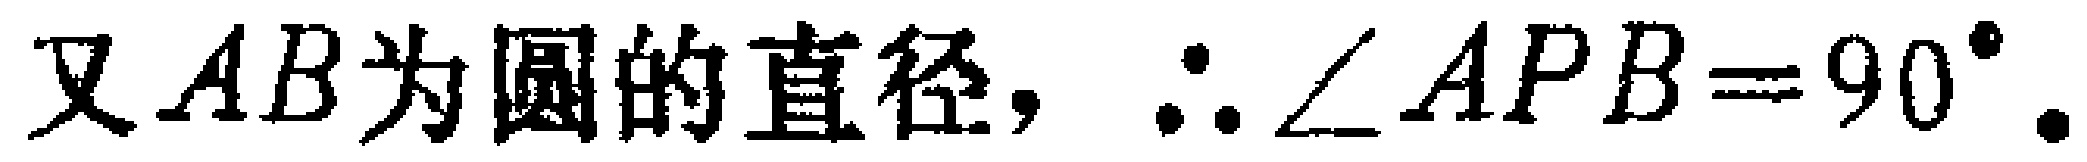
又 \(AB\) 为圆的直径，\(\therefore \angle APB = 90^{\circ}\).